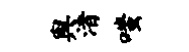
舆渚嗤